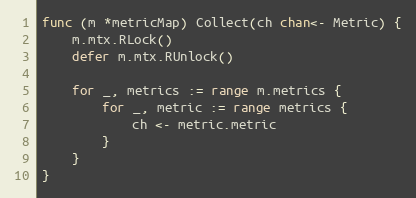
Language: Go
func (m *metricMap) Collect(ch chan<- Metric) {
	m.mtx.RLock()
	defer m.mtx.RUnlock()

	for _, metrics := range m.metrics {
		for _, metric := range metrics {
			ch <- metric.metric
		}
	}
}